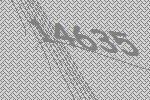
14635